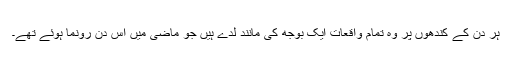
ہر دن کے کندھوں پر وہ تمام واقعات ایک بوجھ کی مانند لدے ہیں جو ماضی میں اس دن رونما ہوئے تھے۔